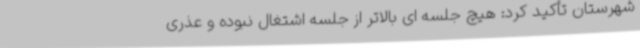
شهرستان تأکید کرد: هیچ جلسه ای بالاتر از جلسه اشتغال نبوده و عذری